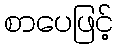
စာပေဖြင့်